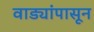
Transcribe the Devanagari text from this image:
वाड्यांपासून